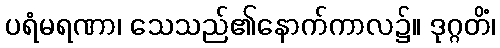
ပရံမရဏာ၊ သေသည်၏နောက်ကာလ၌။ ဒုဂ္ဂတိံ၊